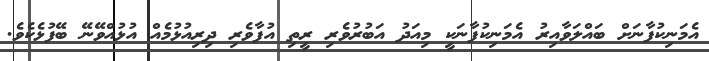
އެމަނިކުފާނަށް ބައްލަވާއިރު އެމަނިކުފާނަކީ މިއަދު އަބުރުވެރި ރީތި އުފާވެރި ދިރިއުޅުމެއް އުޅުއްވޭނޭ ބޭފުޅެކެވެ.